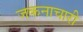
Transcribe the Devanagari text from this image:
जकनाचारी